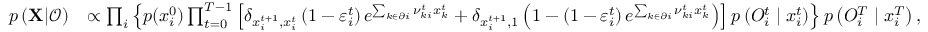
\begin{array} { r l } { p \left( { \bf X } | \boldsymbol { \mathcal { O } } \right) } & { \propto \prod _ { i } \left\{ p ( x _ { i } ^ { 0 } ) \prod _ { t = 0 } ^ { T - 1 } \left[ \delta _ { x _ { i } ^ { t + 1 } , x _ { i } ^ { t } } \left( 1 - \varepsilon _ { i } ^ { t } \right) e ^ { \sum _ { k \in \partial i } \nu _ { k i } ^ { t } x _ { k } ^ { t } } + \delta _ { x _ { i } ^ { t + 1 } , 1 } \left( 1 - \left( 1 - \varepsilon _ { i } ^ { t } \right) e ^ { \sum _ { k \in \partial i } \nu _ { k i } ^ { t } x _ { k } ^ { t } } \right) \right] p \left( { O } _ { i } ^ { t } \mid x _ { i } ^ { t } \right) \right\} p \left( { O } _ { i } ^ { T } \mid x _ { i } ^ { T } \right) , } \end{array}